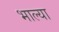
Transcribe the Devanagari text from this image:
भाल्या